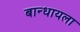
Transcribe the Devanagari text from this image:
बान्धायला